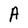
Character: A